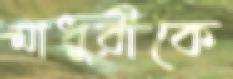
মাধুরীকে